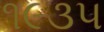
૧૯૩૫